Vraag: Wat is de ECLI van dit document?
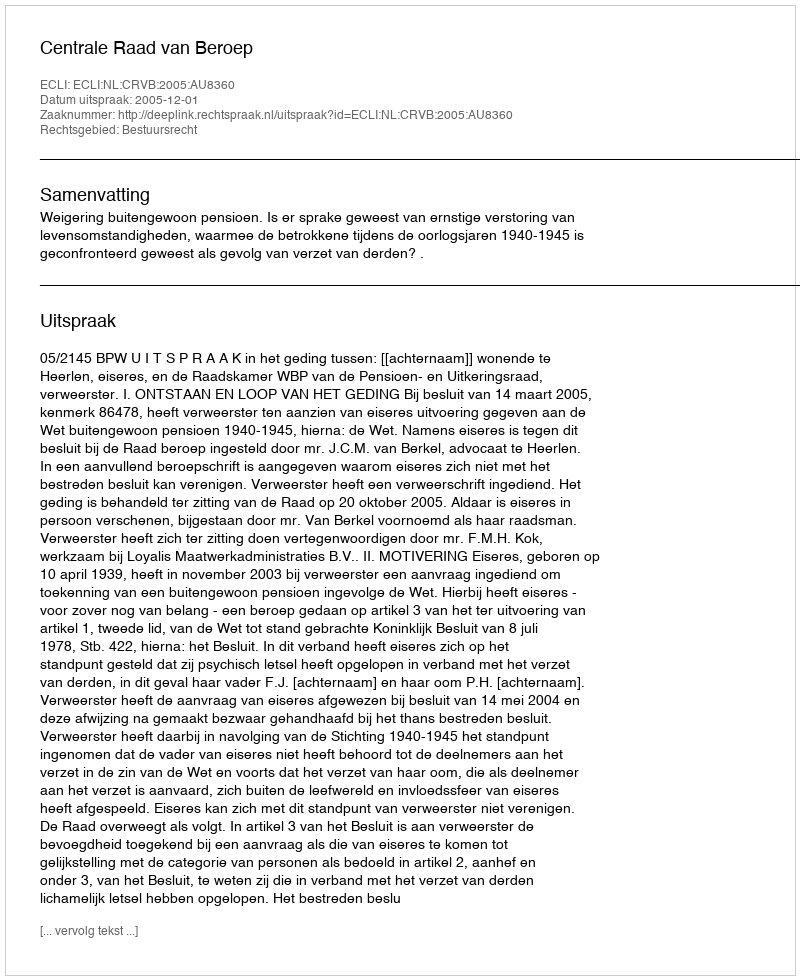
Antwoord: ECLI:NL:CRVB:2005:AU8360